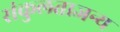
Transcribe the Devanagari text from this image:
संकुलताजन्य